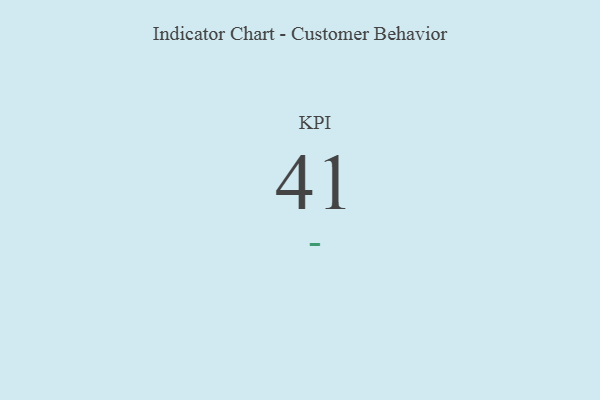
{"axis": {"x": "KPI", "y": "Value"}, "legend": [""], "data": [{"x": "KPI", "y": 41, "type": ""}]}